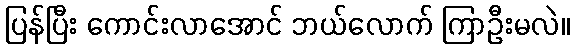
ပြန်ပြီး ကောင်းလာအောင် ဘယ်လောက် ကြာဦးမလဲ။